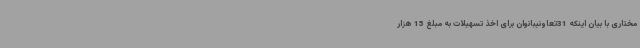
مختاری با بیان اینکه 31تعاونیبانوان برای اخذ تسهیلات به مبلغ 15 هزار